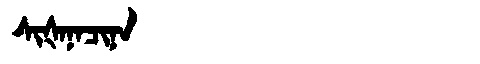
Manchu: ᠰᡳᡧᠠᠨᠠᠴᡳᠨᠠ
Romanization: SIŠANACINA